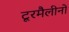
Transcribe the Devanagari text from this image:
टूरमैलीनों